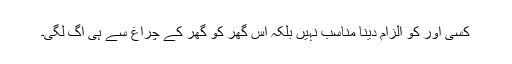
کسی اور کو الزام دینا مناسب نہیں بلکہ اس گھر کو گھر کے چراغ سے ہی آگ لگی۔